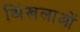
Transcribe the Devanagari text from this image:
श्रिंखलाओं